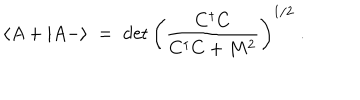
LaTeX: \langle A + | A - \rangle \; = \; \det \left( \frac { C ^ { \dagger } C } { C ^ { \dagger } C + M ^ { 2 } } \right) ^ { 1 / 2 } \; .